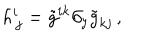
LaTeX: h _ { \, j } ^ { i } = \tilde { g } ^ { i k } \partial _ { y } \tilde { g } _ { k j } \, ,